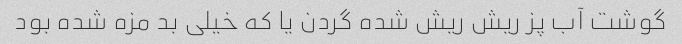
گوشت آب پز ریش ریش شده گردن یا که خیلی بد مزه شده بود